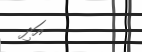
އަދި